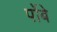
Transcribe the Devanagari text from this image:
पोंबे